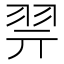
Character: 𰭞